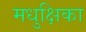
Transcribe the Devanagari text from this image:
मधुक्षिका